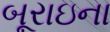
બૂરાઇના